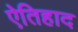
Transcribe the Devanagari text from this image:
ऐतिहाद